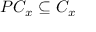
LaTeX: P C _ { x } \subseteq C _ { x }